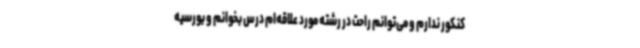
کنکور ندارم و می‌توانم راحت در رشته مورد علاقه‌ام درس بخوانم و بورسیه